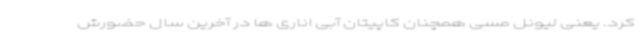
کرد. یعنی لیونل مسی همچنان کاپیتان آبی اناری ها در آخرین سال حضورش